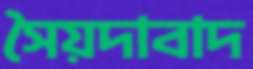
সৈয়দাবাদ